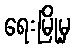
ရေးမြို့မှ